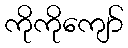
ကိုကိုကျော်